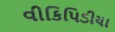
વીકિપિડીયા